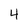
Character: 4